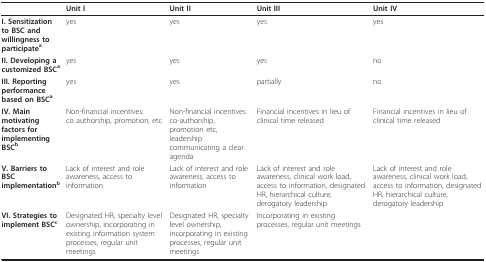
|  | Unit I | Unit II | Unit III | Unit IV |
 | --- | --- | --- | --- | --- |
 | I. Sensitization to BSC and willingness to participatea | yes | yes | yes | yes |
 | II. Developing a customized BSCa | yes | yes | yes | no |
 | III. Reporting performance based on BSCa | yes | yes | partially | no |
 | IV. Main motivating factors for implementing BSCb | Non-financial incentives:co authorship, promotion, etc | Non-financial incentives:co-authorship, promotion etc, leadership communicating a clear agenda | Financial incentives in lieu of clinical time released | Financial incentives in lieu of clinical time released |
 | V. Barriers to BSC implementationb | Lack of interest and role awareness, access to information | Lack of interest and role awareness, access to information | Lack of interest and role awareness, clinical work load, access to information, designated HR, hierarchical culture, derogatory leadership | Lack of interest and role awareness, clinical work load, access to information, designated HR, hierarchical culture, derogatory leadership |
 | VI. Strategies to implement BSCc | Designated HR, specialty level ownership, incorporating in existing information system processes, regular unit meetings | Designated HR, specialty level ownership, incorporating in existing processes, regular unit meetings | Incorporating in existing processes, regular unit meetings |  |